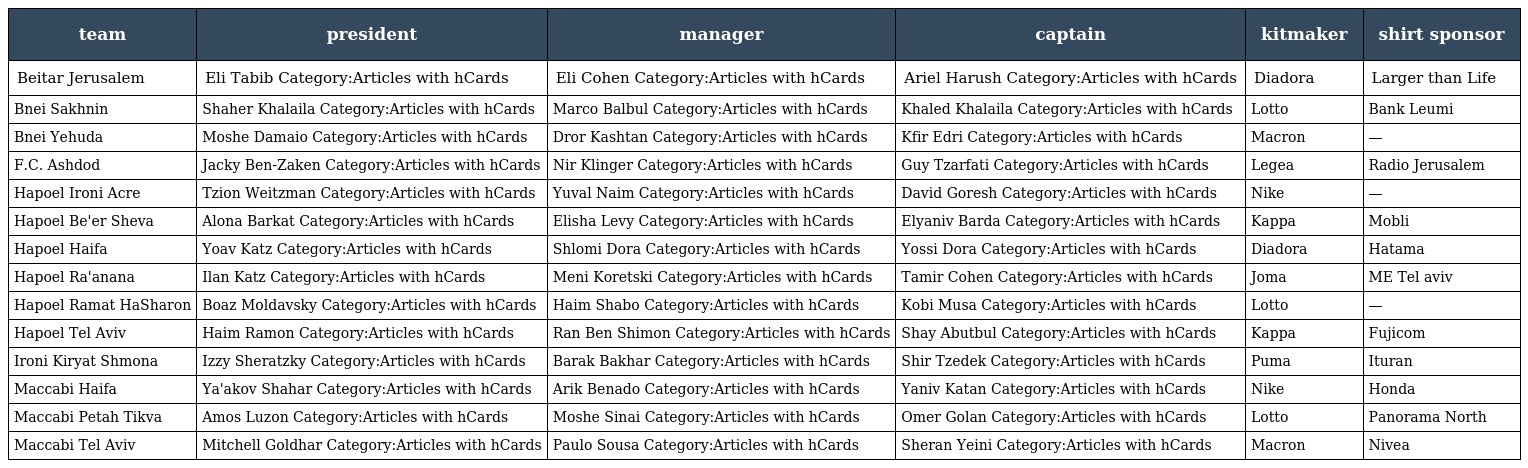
| team | president | manager | captain | kitmaker | shirt sponsor |
 | --- | --- | --- | --- | --- | --- |
 | Beitar Jerusalem | Eli Tabib Category:Articles with hCards | Eli Cohen Category:Articles with hCards | Ariel Harush Category:Articles with hCards | Diadora | Larger than Life |
 | Bnei Sakhnin | Shaher Khalaila Category:Articles with hCards | Marco Balbul Category:Articles with hCards | Khaled Khalaila Category:Articles with hCards | Lotto | Bank Leumi |
 | Bnei Yehuda | Moshe Damaio Category:Articles with hCards | Dror Kashtan Category:Articles with hCards | Kfir Edri Category:Articles with hCards | Macron | — |
 | F.C. Ashdod | Jacky Ben-Zaken Category:Articles with hCards | Nir Klinger Category:Articles with hCards | Guy Tzarfati Category:Articles with hCards | Legea | Radio Jerusalem |
 | Hapoel Ironi Acre | Tzion Weitzman Category:Articles with hCards | Yuval Naim Category:Articles with hCards | David Goresh Category:Articles with hCards | Nike | — |
 | Hapoel Be'er Sheva | Alona Barkat Category:Articles with hCards | Elisha Levy Category:Articles with hCards | Elyaniv Barda Category:Articles with hCards | Kappa | Mobli |
 | Hapoel Haifa | Yoav Katz Category:Articles with hCards | Shlomi Dora Category:Articles with hCards | Yossi Dora Category:Articles with hCards | Diadora | Hatama |
 | Hapoel Ra'anana | Ilan Katz Category:Articles with hCards | Meni Koretski Category:Articles with hCards | Tamir Cohen Category:Articles with hCards | Joma | ME Tel aviv |
 | Hapoel Ramat HaSharon | Boaz Moldavsky Category:Articles with hCards | Haim Shabo Category:Articles with hCards | Kobi Musa Category:Articles with hCards | Lotto | — |
 | Hapoel Tel Aviv | Haim Ramon Category:Articles with hCards | Ran Ben Shimon Category:Articles with hCards | Shay Abutbul Category:Articles with hCards | Kappa | Fujicom |
 | Ironi Kiryat Shmona | Izzy Sheratzky Category:Articles with hCards | Barak Bakhar Category:Articles with hCards | Shir Tzedek Category:Articles with hCards | Puma | Ituran |
 | Maccabi Haifa | Ya'akov Shahar Category:Articles with hCards | Arik Benado Category:Articles with hCards | Yaniv Katan Category:Articles with hCards | Nike | Honda |
 | Maccabi Petah Tikva | Amos Luzon Category:Articles with hCards | Moshe Sinai Category:Articles with hCards | Omer Golan Category:Articles with hCards | Lotto | Panorama North |
 | Maccabi Tel Aviv | Mitchell Goldhar Category:Articles with hCards | Paulo Sousa Category:Articles with hCards | Sheran Yeini Category:Articles with hCards | Macron | Nivea |